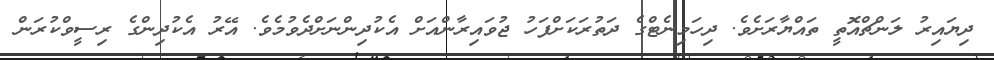
ދިޔައިރު ލަންޗްއޮތީ ތައްޔާރަށެވެ. ދިހަމިނެޓްގެ ދަތުރަކަށްފަހު ޖުވައިރާންއަށް އެކުދިންނަށްދެވުމެވެ. އޭރު އެކުދިންގެ ރިސީވްކުރަން